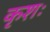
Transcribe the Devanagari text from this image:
कृशः